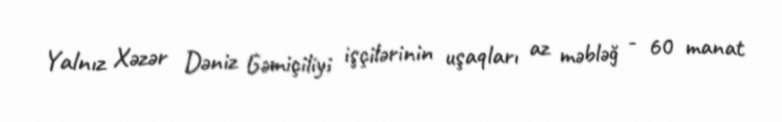
Yalnız Xəzər Dəniz Gəmiçiliyi işçilərinin uşaqları az məbləğ - 60 manat